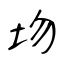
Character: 圽